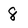
Character: 8